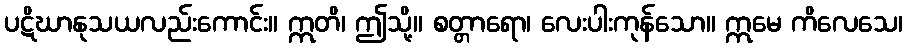
ပဋိဃာနုသယလည်းကောင်း။ ဣတိ၊ ဤသို့။ စတ္တာရော၊ လေးပါးကုန်သော။ ဣမေ ကိလေသေ၊